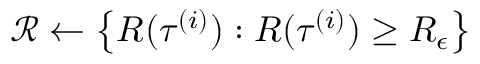
\mathcal { R } \leftarrow \left\{ R ( \tau ^ { ( i ) } ) : R ( \tau ^ { ( i ) } ) \geq R _ { \epsilon } \right\}